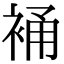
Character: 𧚔